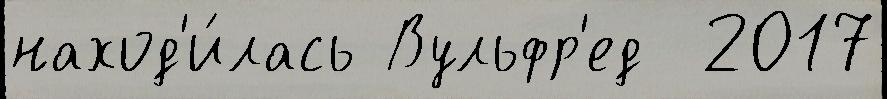
наход'и́лась Вульфр'ед  2017